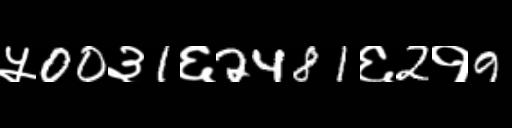
Text: ५00३1६2481६2१9